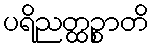
ပရိညတ္ထဉ္စာတိ